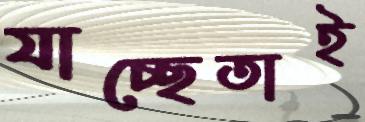
যাচ্ছেতাই